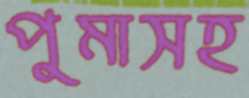
পুমাসহ